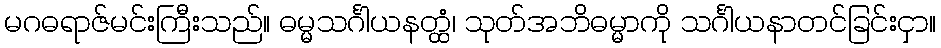
မဂဓရာဇ်မင်းကြီးသည်။ ဓမ္မသင်္ဂါယနတ္ထံ၊ သုတ်အဘိဓမ္မာကို သင်္ဂါယနာတင်ခြင်းငှာ။